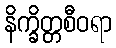
နိက္ခိတ္တစီဝရာ